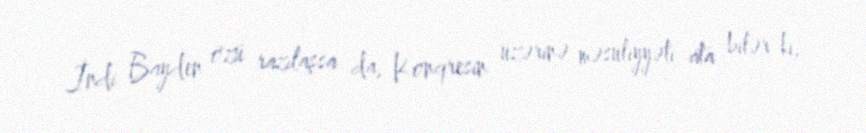
İndi Bayden özü razılaşsa da, Konqresin üzərinə məsuliyyəti ata bilər ki,